Lunatic asylums Punjab 1881-1894 - 1881-1894
Year: 1881
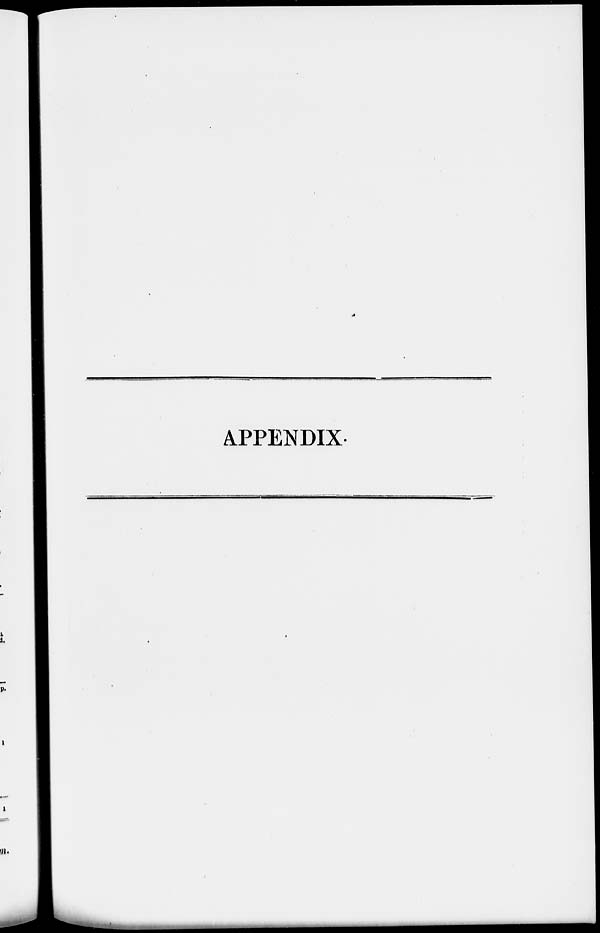
APPENDIX.